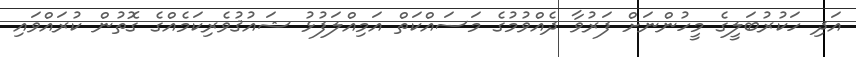
އަދި ހަކުރުބަލީގެ މީހުންނަށް ފަރުވާ ދެއްވުމުގެ މަސައްކަތް އަމިއްލަފުޅު ޝައުޤުވެރިކަމެއްގެ ގޮތުން ކުރައްވައި